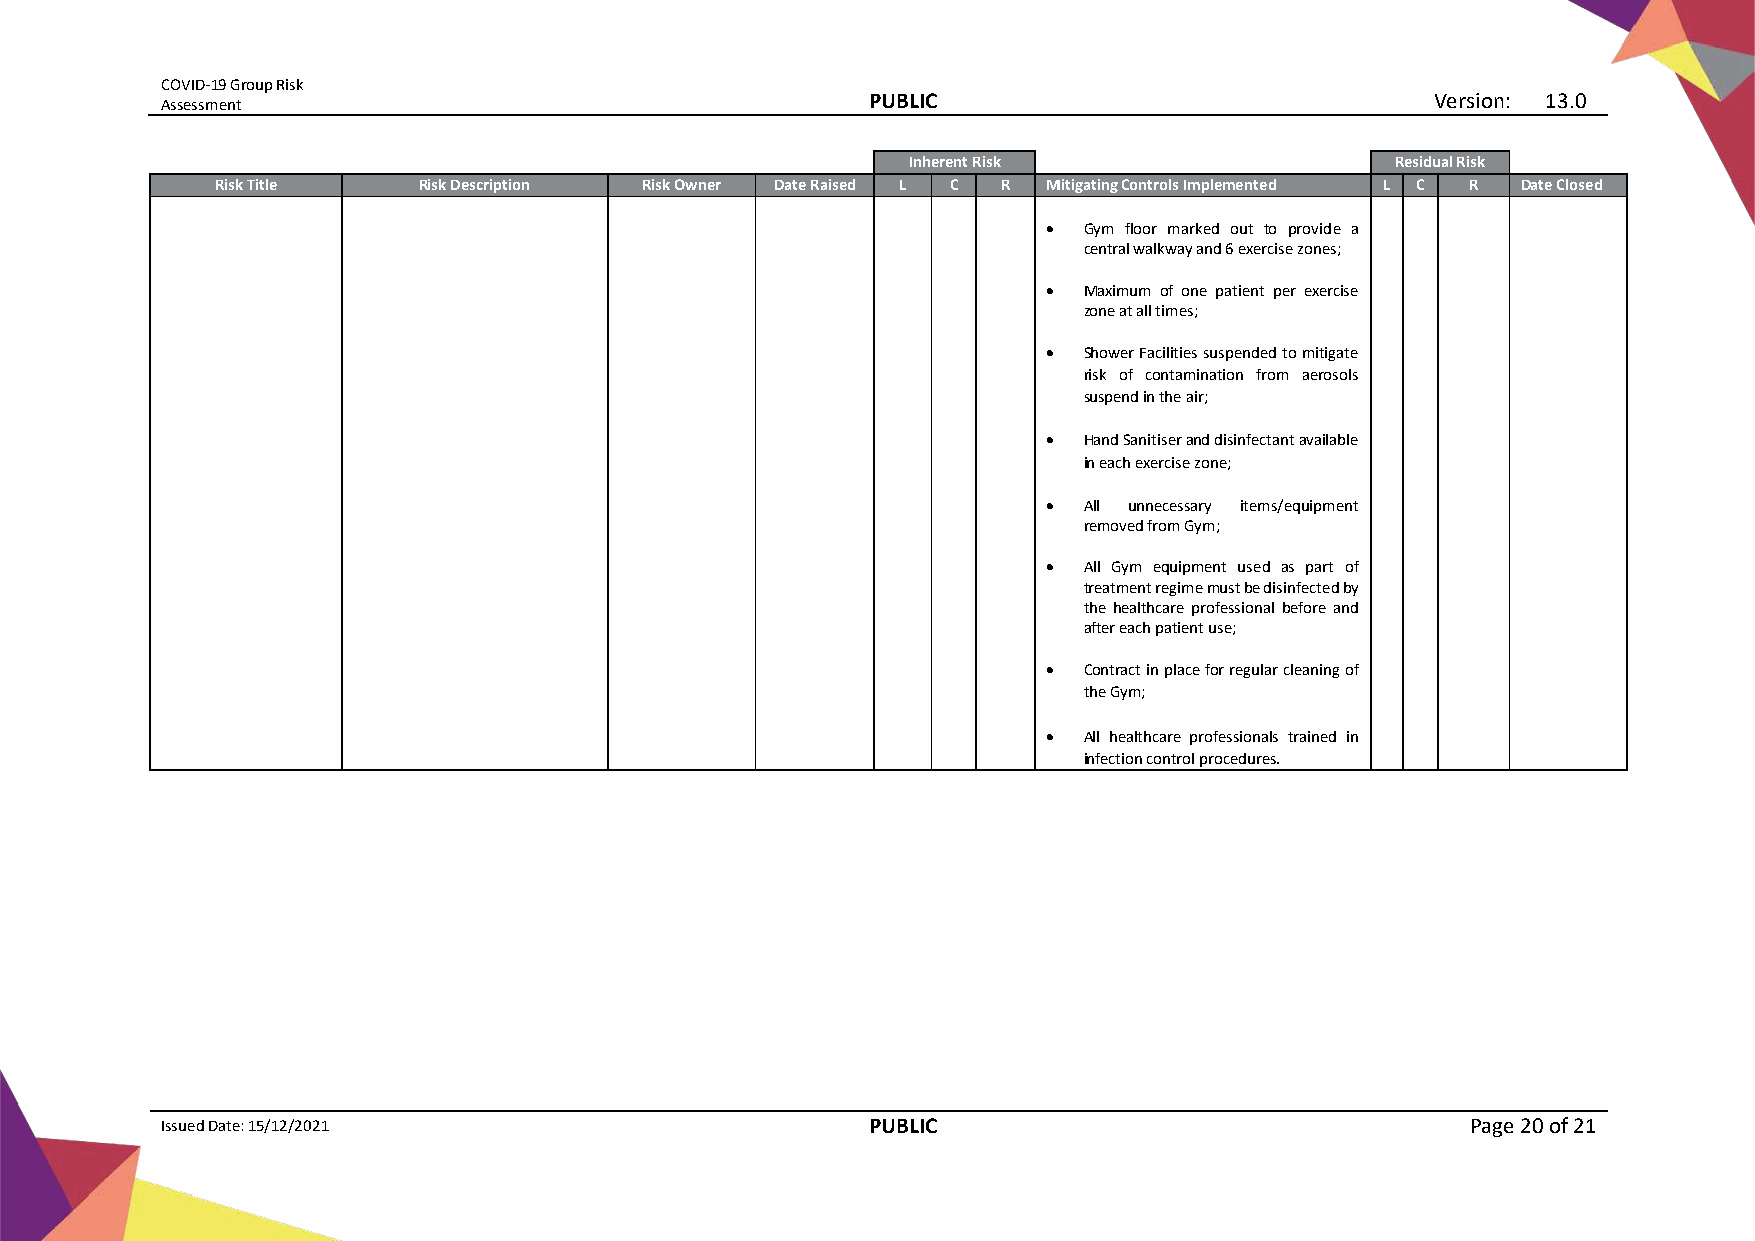
COVID-19 Group Risk
 Assessment
 PUBLIC                                Version: 13.0
 Inherent Risk                   Residual Risk
 Risk Title    Risk Description Risk Owner Date Raised L C R Mitigating Controls Implemented L C R Date Closed
 •  Gym floor marked out to provide a
 central walkway and 6 exercise zones;
 •  Maximum of one patient per exercise
 zone at all times;
 •  Shower Facilities suspended to mitigate
 risk of contamination from aerosols
 suspend in the air;
 •  Hand Sanitiser and disinfectant available
 in each exercise zone;
 •  All unnecessary items/equipment
 removed from Gym;
 •  All Gym equipment used as part of
 treatment regime must be disinfected by
 the healthcare professional before and
 after each patient use;
 •  Contract in place for regular cleaning of
 the Gym;
 •  All healthcare professionals trained in
 infection control procedures.
 Issued Date: 15/12/2021                       PUBLIC                                  Page 20 of 21